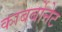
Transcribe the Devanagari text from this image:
काबर्बोनेट